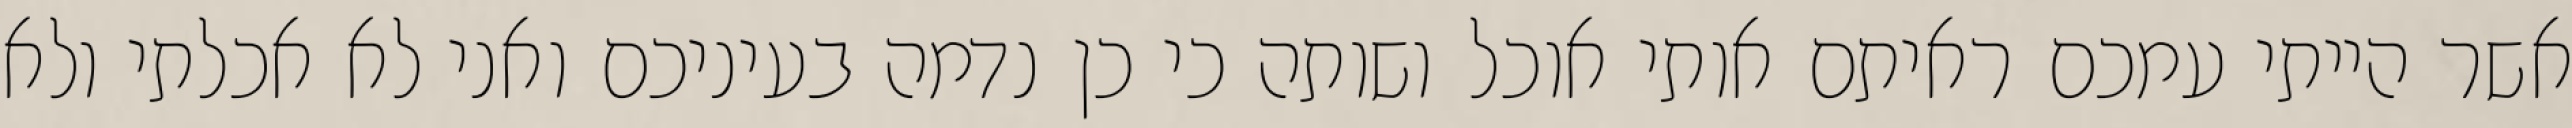
אשר הייתי עמכם ראיתם אותי אוכל ושותה כי כן נדמה בעיניכם ואני לא אכלתי ולא